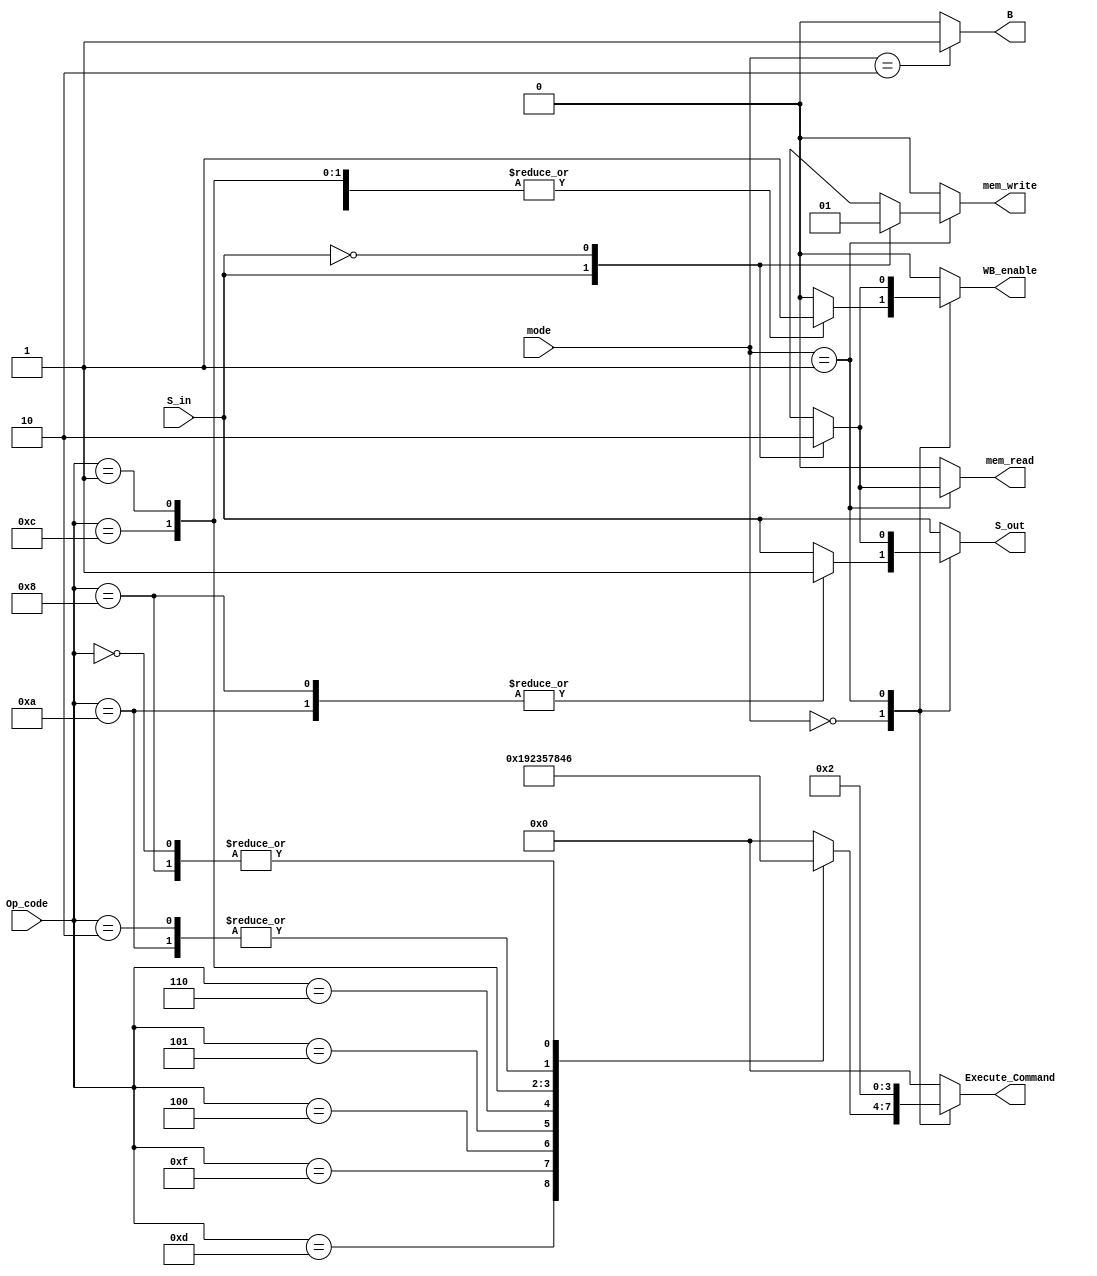
module ControlUnit (input S_in,
                    input [1:0] mode,
                    input [3:0] Op_code, 
                    output reg [3:0] Execute_Command,
                    output reg mem_read, mem_write, 
                    WB_enable, B, S_out);

                    localparam [3:0] MOV = 4'b1101, MVN = 4'b1111, ADD = 4'b0100, 
                                     ADC = 4'b0101, SUB = 4'b0010, SBC = 4'b0110,
                                     AND = 4'b0000, ORR = 4'b1100, EOR = 4'b0001, 
                                     CMP = 4'b1010, TST = 4'b1000, LDR = 4'b0100,
                                     STR = 4'b0100, NOP = 4'b0000;
always @(Op_code, mode, S_in) begin
    {Execute_Command, mem_read, mem_write, 
    WB_enable, B} = 8'b0;
    S_out = S_in;
    case (mode)
        2'b00: begin
        case (Op_code)
            MOV: begin Execute_Command = 4'b0001; WB_enable = 1'b1; S_out = S_in;end 
            MVN: begin Execute_Command = 4'b1001; WB_enable = 1'b1; S_out = S_in;end 
            ADD: begin Execute_Command = 4'b0010; WB_enable = 1'b1; S_out = S_in;end 
            ADC: begin Execute_Command = 4'b0011; WB_enable = 1'b1; S_out = S_in;end 
            SUB: begin Execute_Command = 4'b0100; WB_enable = 1'b1; S_out = S_in;end 
            SBC: begin Execute_Command = 4'b0101; WB_enable = 1'b1; S_out = S_in;end 
            AND: begin Execute_Command = 4'b0110; WB_enable = 1'b1; S_out = S_in;end 
            ORR: begin Execute_Command = 4'b0111; WB_enable = 1'b1; S_out = S_in;end 
            EOR: begin Execute_Command = 4'b1000; WB_enable = 1'b1; S_out = S_in;end 
            CMP: begin Execute_Command = 4'b0100; S_out = 1'b1; end
            TST: begin Execute_Command = 4'b0110; S_out = 1'b1; end
            default: begin {Execute_Command, mem_read, mem_write, 
            WB_enable, B} = 8'b0;     S_out = S_in; end
        endcase
        end
        2'b01: begin
            case (S_in)

            1'b1: begin  mem_read = 1'b1; Execute_Command = 4'b0010; WB_enable = 1'b1; S_out = 1'b1; end 
            1'b0: begin  mem_write = 1'b1; Execute_Command = 4'b0010; S_out = 1'b0; end
            endcase
        end
        2'b10: begin
            B = 1'b1;
        end
    endcase
    
end

endmodule